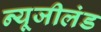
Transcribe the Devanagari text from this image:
न्यूजीलंड